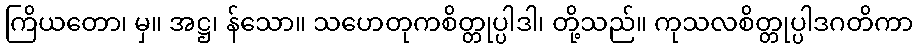
ကြိယတော၊ မှ။ အဋ္ဌ၊ န်သော။ သဟေတုကစိတ္တုပ္ပါဒါ၊ တို့သည်။ ကုသလစိတ္တုပ္ပါဒဂတိကာ